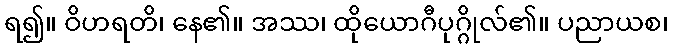
ရ၍။ ဝိဟရတိ၊ နေ၏။ အဿ၊ ထိုယောဂီပုဂ္ဂိုလ်၏။ ပညာယစ၊